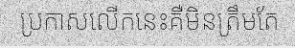
ប្រកាសលើកនេះគឺមិនត្រឹមតែ